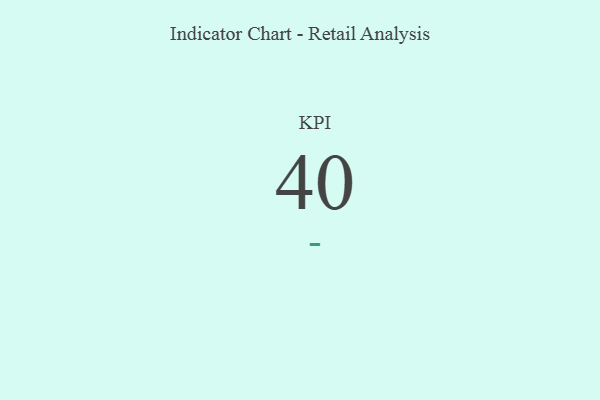
{"axis": {"x": "KPI", "y": "Value"}, "legend": [""], "data": [{"x": "KPI", "y": 40, "type": ""}]}